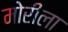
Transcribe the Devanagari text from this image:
मोरीला